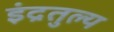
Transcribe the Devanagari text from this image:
इंद्रतुल्य